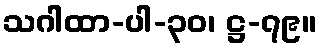
သဂါထာ-ပါ-၃၀၊ ဋ္ဌ-၇၉။